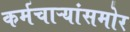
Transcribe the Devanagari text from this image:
कर्मचाऱ्यांसमोर